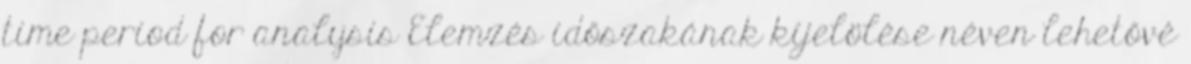
time period for analysis Elemzés időszakának kijelölése néven lehetővé